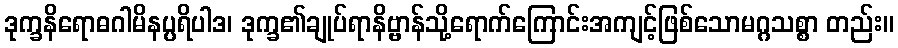
ဒုက္ခနိရောဓဂါမိနပ္ပရိပါဒ၊ ဒုက္ခ၏ချုပ်ရာနိဗ္ဗာန်သို့ရောက်ကြောင်းအကျင့်ဖြစ်သောမဂ္ဂသစ္စာ တည်း။